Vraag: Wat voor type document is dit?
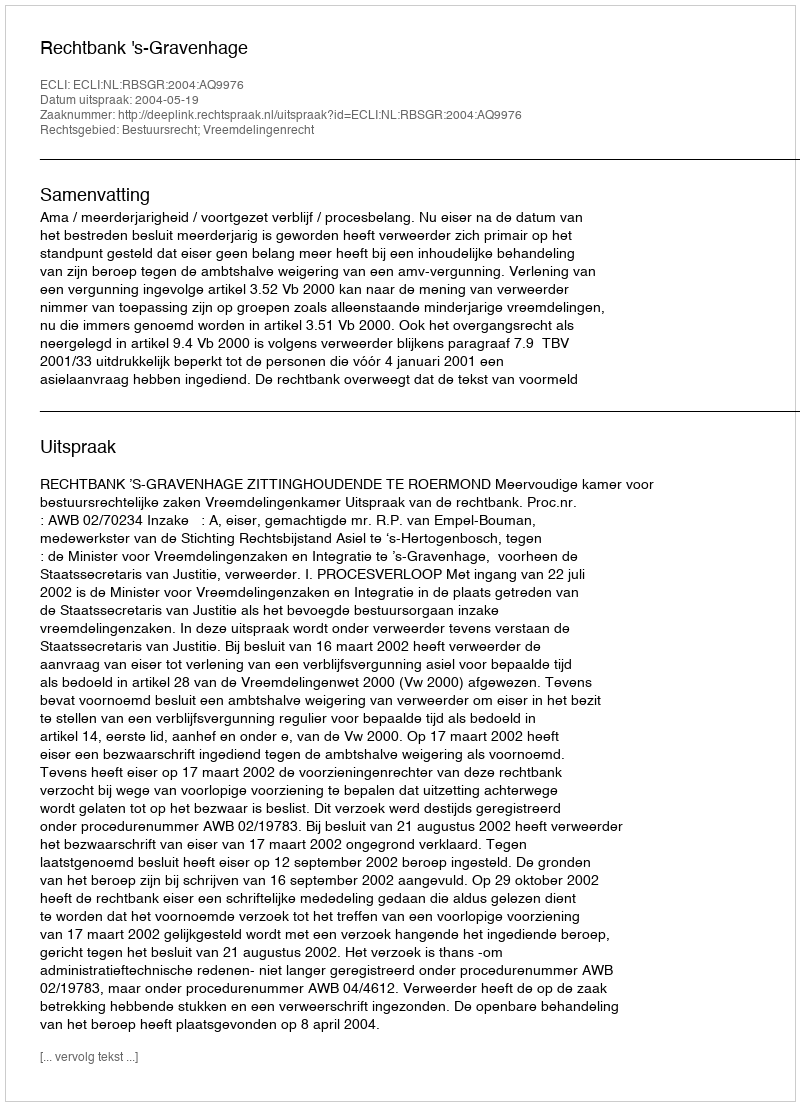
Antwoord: Uitspraak